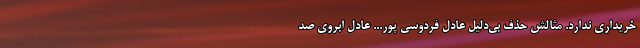
خریداری ندارد. مثالش حذف بی‌دلیل عادل فردوسی پور... عادل ابروی صد